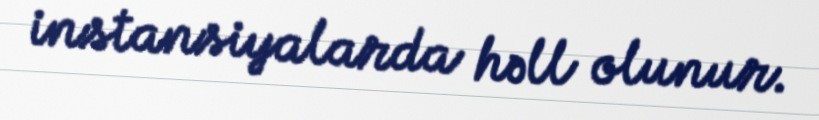
instansiyalarda həll olunur.